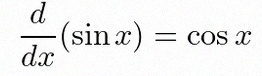
\frac{d}{dx}(\sin x)=\cos x